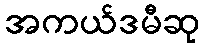
အကယ်ဒမီဆု